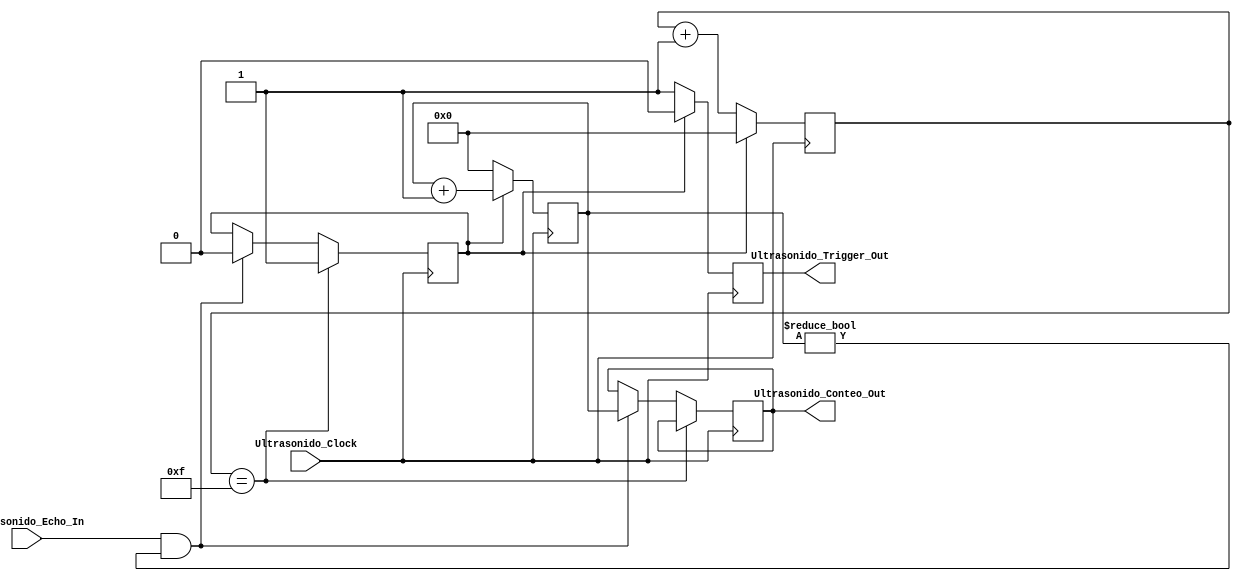
module Ultrasonido#(parameter DATAWIDTH=16)( 
 // / / / / / / / / / / OUTPUTS / / / / / / / / / / 
 Ultrasonido_Conteo_Out,
 Ultrasonido_Trigger_Out,
 // / / / / / / / / / / INPUTS / / / / / / / / / /
 Ultrasonido_Clock, 
 Ultrasonido_Echo_In) ;
//=======================================================
//  PARAMETER declarations
//======================================================

//=======================================================
//  REG/WIRE declarations
//=======================================================
input Ultrasonido_Clock;
input Ultrasonido_Echo_In;
output reg Ultrasonido_Trigger_Out;
output reg [DATAWIDTH-1:0]Ultrasonido_Conteo_Out;
reg estado;
reg [DATAWIDTH-1:0]contador1;
reg [DATAWIDTH-1:0]contador2;
//=======================================================
//  Structural coding
//=======================================================
initial estado = 1'b0;
initial contador1 = 4'h0000;
initial contador2 = 4'h0000;
always @(posedge Ultrasonido_Clock)
begin
if(estado == 1'b0)
begin
contador1 = contador1 + 1;
contador2 = 4'h0000;
Ultrasonido_Trigger_Out = 1'b1;
end
else
begin
contador2 = contador2 + 1;
contador1 = 4'h0000;
Ultrasonido_Trigger_Out = 1'b0;
end
end

always @(negedge Ultrasonido_Clock)
begin
if(contador1 == 4'h01FF)
estado = 1'b1;
else if(Ultrasonido_Echo_In == 1 & contador2 != 4'h0000)
begin
estado = 1'b0;
Ultrasonido_Conteo_Out = contador2;
end 
end
endmodule